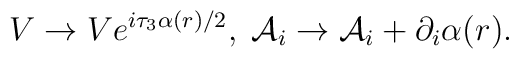
V\rightarrow Ve^{i\tau_3\alpha (r)/2},\;{\mathcal{A}}_i\rightarrow {\mathcal{A}}_i +\partial_i\alpha (r).